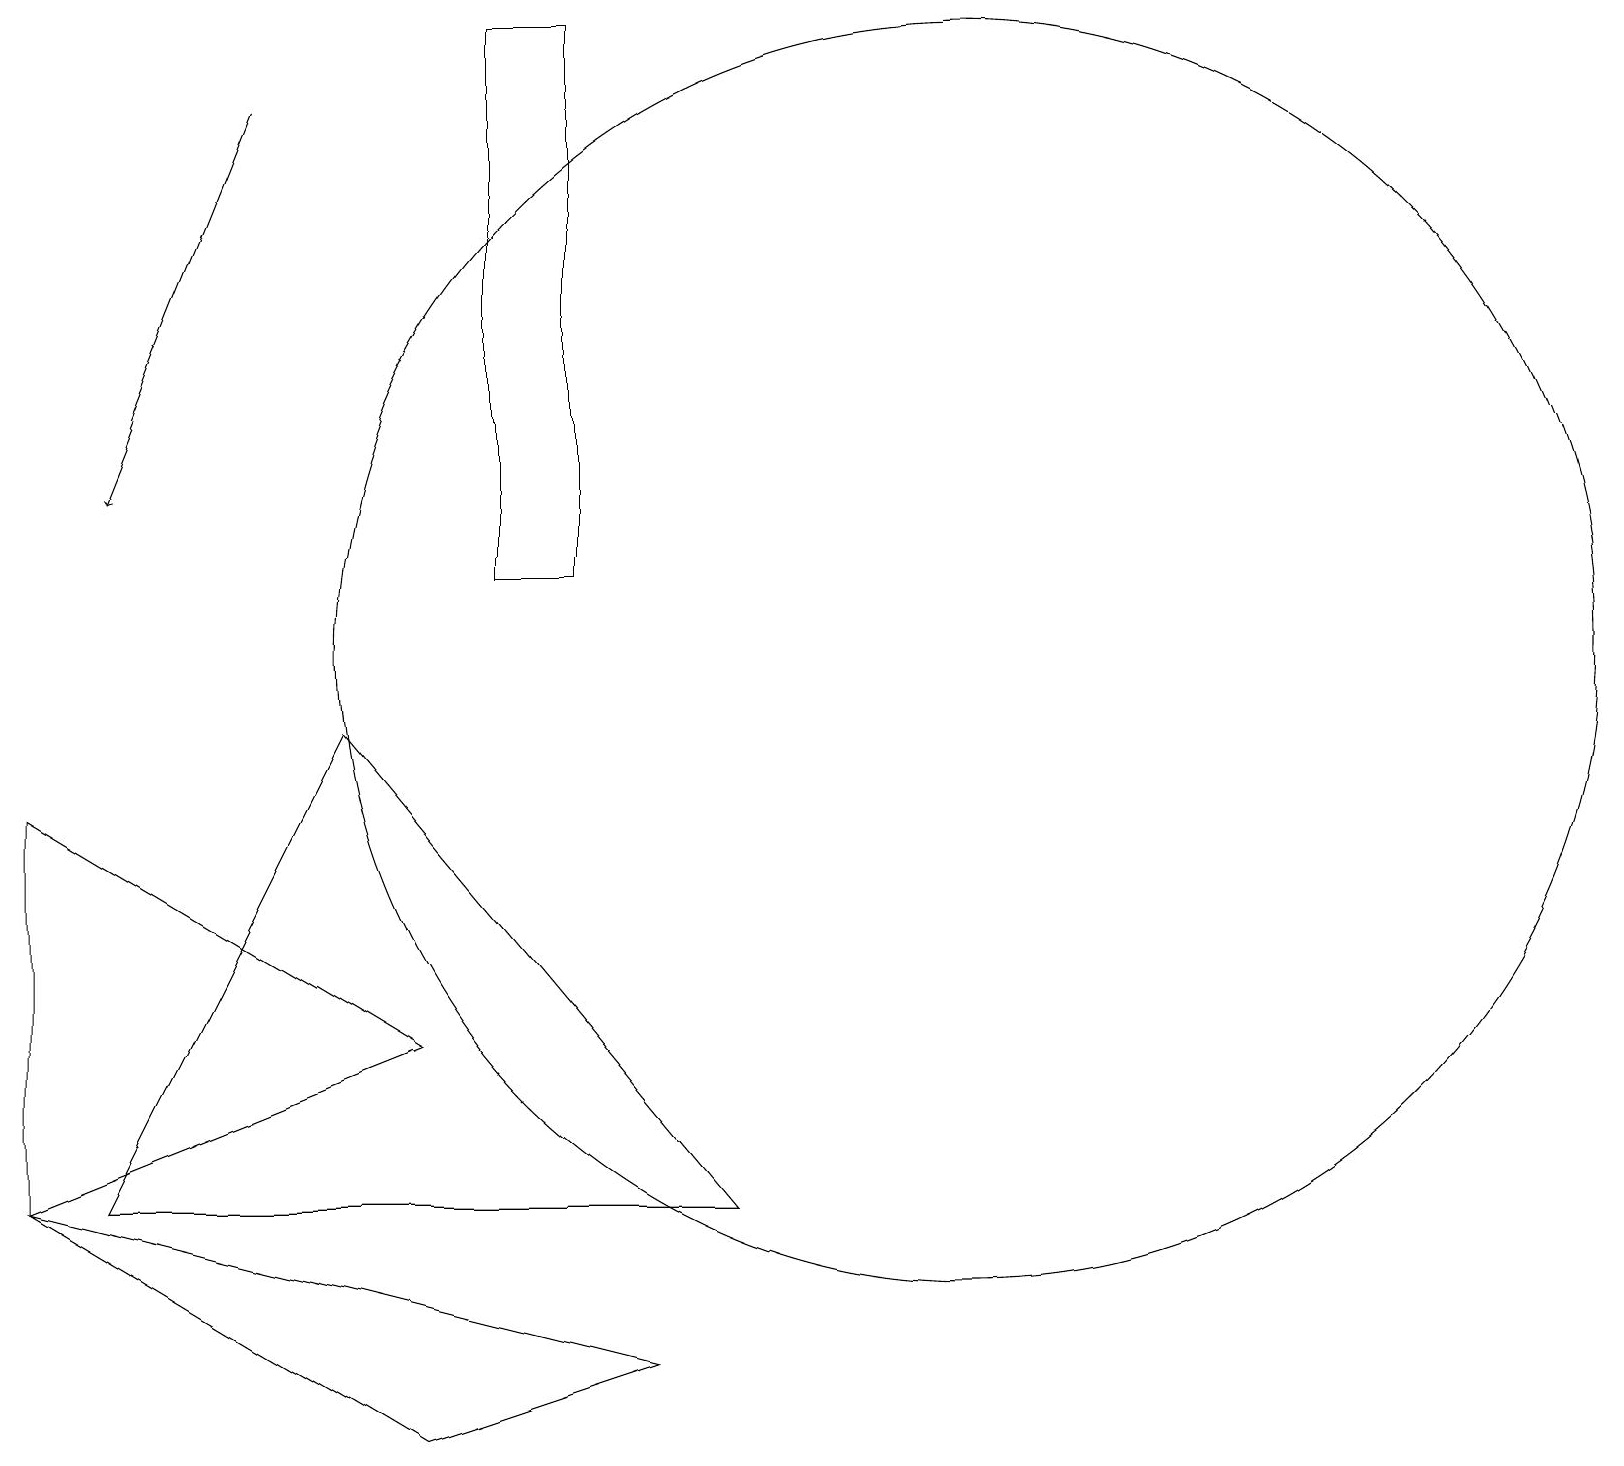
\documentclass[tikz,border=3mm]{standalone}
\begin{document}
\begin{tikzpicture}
\draw (6,15) rectangle (6,13);
\draw (5,5) -- (0,8) -- (0,3) -- cycle;
\draw (7,18) rectangle (6,11);
\draw (12,10) circle (8);
\draw (10,10) circle (0);
\draw (4,9) -- (9,3) -- (1,3) -- cycle;
\draw (8,1) -- (5,0) -- (0,3) -- cycle;
\draw[->] (3,17) -- (1,12);
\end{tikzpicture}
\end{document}